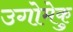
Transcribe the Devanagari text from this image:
उगोमेकु